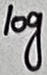
Text: log